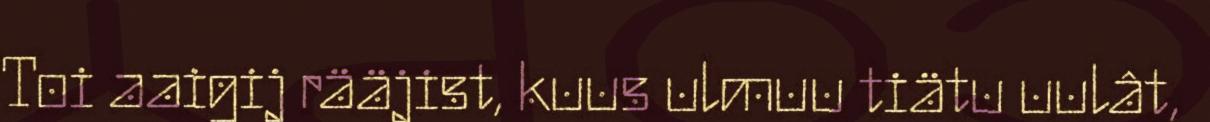
Toi aaigij rääjist, kuus ulmuu tiätu uulât,